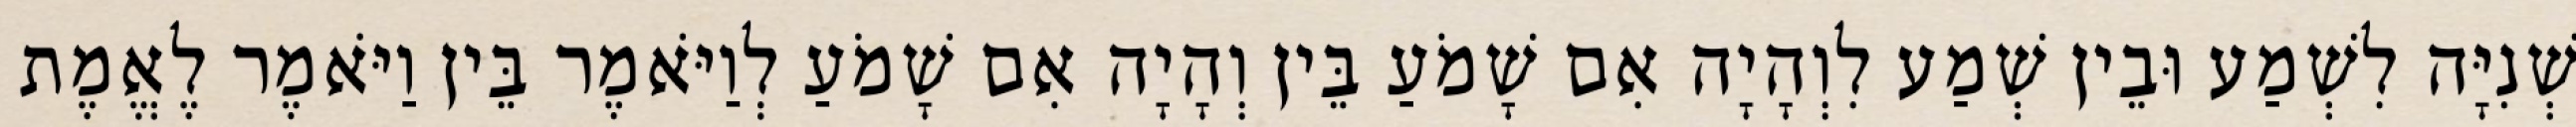
שְׁנִיָּה לִשְׁמַע וּבֵין שְׁמַע לִוְהָיָה אִם שָׁמֹעַ בֵּין וְהָיָה אִם שָׁמֹעַ לְוַיֹּאמֶר בֵּין וַיֹּאמֶר לֶאֱמֶת